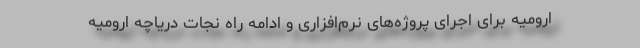
ارومیه برای اجرای پروژه‌های نرم‌افزاری و ادامه راه نجات دریاچه ارومیه